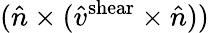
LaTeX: (\hat{n}\times(\hat{v}^{\mathrm{shear}}\times\hat{n}))